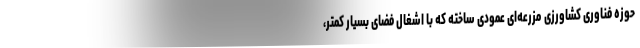
حوزه فناوری کشاورزی مزرعه‌ای عمودی ساخته که با اشغال فضای بسیار کمتر،